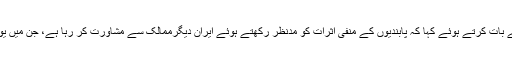
انہوں نے مقامی ذرائع ابلاغ سے بات کرتے ہوئے کہا کہ پابندیوں کے منفی اثرات کو مدنظر رکھتے ہوئے ایران دیگرممالک سے مشاورت کر رہا ہے، جن میں یورپ کے ممالک بھی شامل ہیں۔